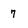
Character: 7